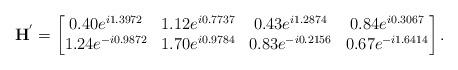
LaTeX: \begin{align*}\mathbf{H}^{'}=\begin{bmatrix} 0.40e^{i1.3972} & 1.12e^{i0.7737} & 0.43e^{i1.2874} & 0.84e^{i0.3067}\\ 1.24e^{-i0.9872} & 1.70e^{i0.9784} & 0.83e^{-i0.2156} & 0.67e^{-i1.6414}\end{bmatrix}.\end{align*}